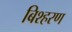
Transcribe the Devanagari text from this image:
बिश्हरण